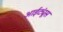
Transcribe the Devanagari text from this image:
आईट्यूंस